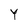
Character: Y